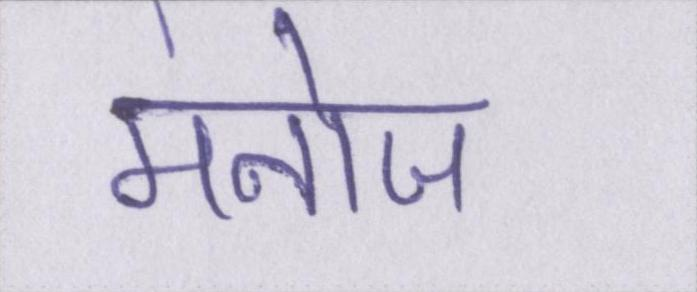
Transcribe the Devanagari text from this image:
मनोज